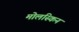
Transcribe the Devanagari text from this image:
मोलस्किन